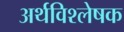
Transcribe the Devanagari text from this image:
अर्थविश्लेषक